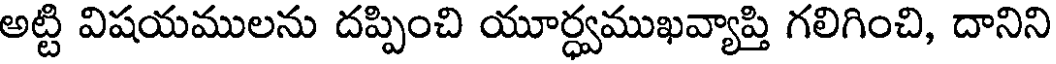
అట్టి విషయములను దప్పించి యూర్ధ్వముఖవ్యాప్తి గలిగించి, దానిని